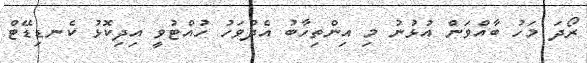
ރޯދަ މަހު ބާއްވަން އުޅުނު މި އިންތިހާބު އެދުވަހު ހުއްޓުވީ އިދިކޮޅު ކެނޑިޑޭޓް